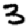
Digit: 3